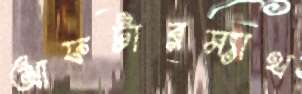
আফটারম্যাথ